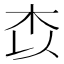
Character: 𭩟